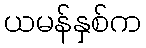
ယမန်နှစ်က